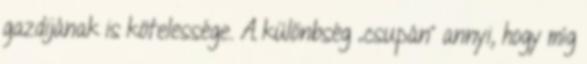
gazdijának is kötelessége. A különbség „csupán” annyi, hogy míg